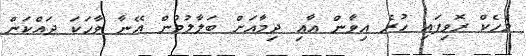
މެހެކް ރޮވިފައި ހުރެ އިވާން އާއި ދިމާއަށް ބަލާލުމުން އޭނާ ވާހަކަ ދައްކަން